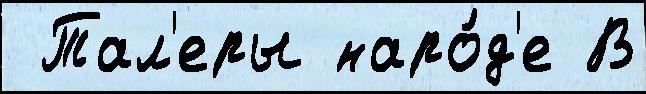
 Тал'еры наро́д'е В